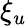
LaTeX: \xi_{u}